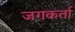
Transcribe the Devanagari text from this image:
जगकर्ता